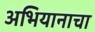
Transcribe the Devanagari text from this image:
अभियानाचा